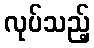
လုပ်သည့်